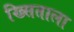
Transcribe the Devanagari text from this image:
ख्र्सिताला